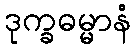
ဒုက္ခဓမ္မာနံ